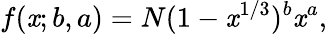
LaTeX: f(\mathit{x};b,a)=N(1-\mathit{x}^{1/3})^{b}\mathit{x}^{a},